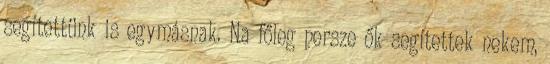
segítettünk is egymásnak. Na főleg persze ők segítettek nekem,